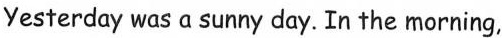
Yesterday was a sunny day. In the morning,